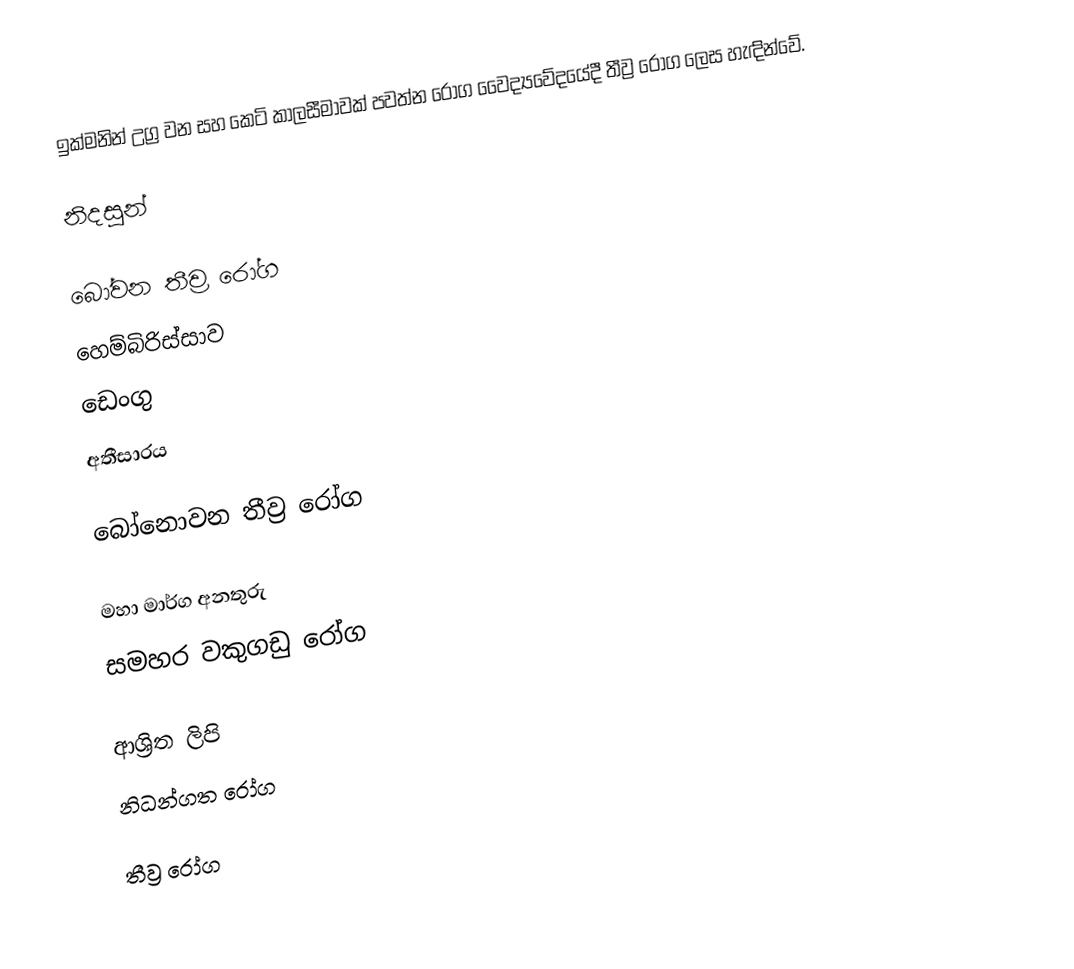
ඉක්මනින් උග්‍ර වන සහ කෙටි කාලසීමාවක් පවත්න රෝග වෛද්‍යවේදයේදී තීව්‍ර රෝග ලෙස හැඳින්වේ.

නිදසුන්

බෝවන තීව්‍ර රෝග
 හෙම්බිරිස්සාව
 ඩෙංගු
 අතීසාරය

බෝනොවන තීව්‍ර රෝග

 මහා මාර්ග අනතුරු
 සමහර වකුගඩු රෝග

ආශ්‍රිත ලිපි
 නිධන්ගත රෝග

තීව්‍ර රෝග